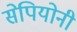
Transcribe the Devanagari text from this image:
सेपियोनी